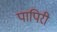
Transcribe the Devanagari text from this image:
पापिरी